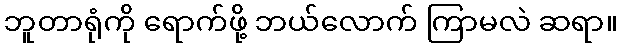
ဘူတာရုံကို ရောက်ဖို့ ဘယ်လောက် ကြာမလဲ ဆရာ။